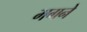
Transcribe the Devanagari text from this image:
मगने